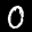
Label: 0